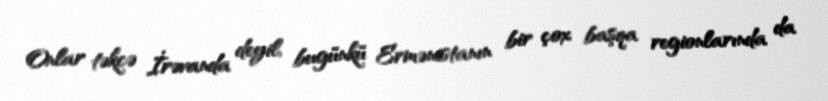
Onlar təkcə İrəvanda deyil, bugünkü Ermənistanın bir çox başqa regionlarında da